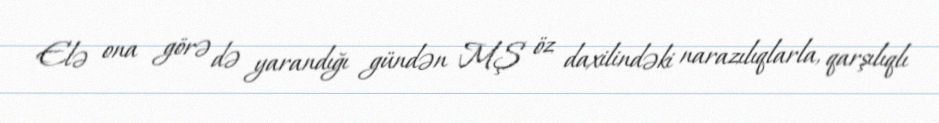
Elə ona görə də yarandığı gündən MŞ öz daxilindəki narazılıqlarla, qarşılıqlı